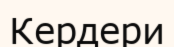
Кердери